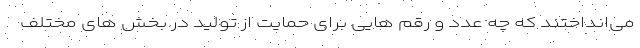
می‌انداختند که چه عدد و رقم هایی برای حمایت از تولید در بخش های مختلف